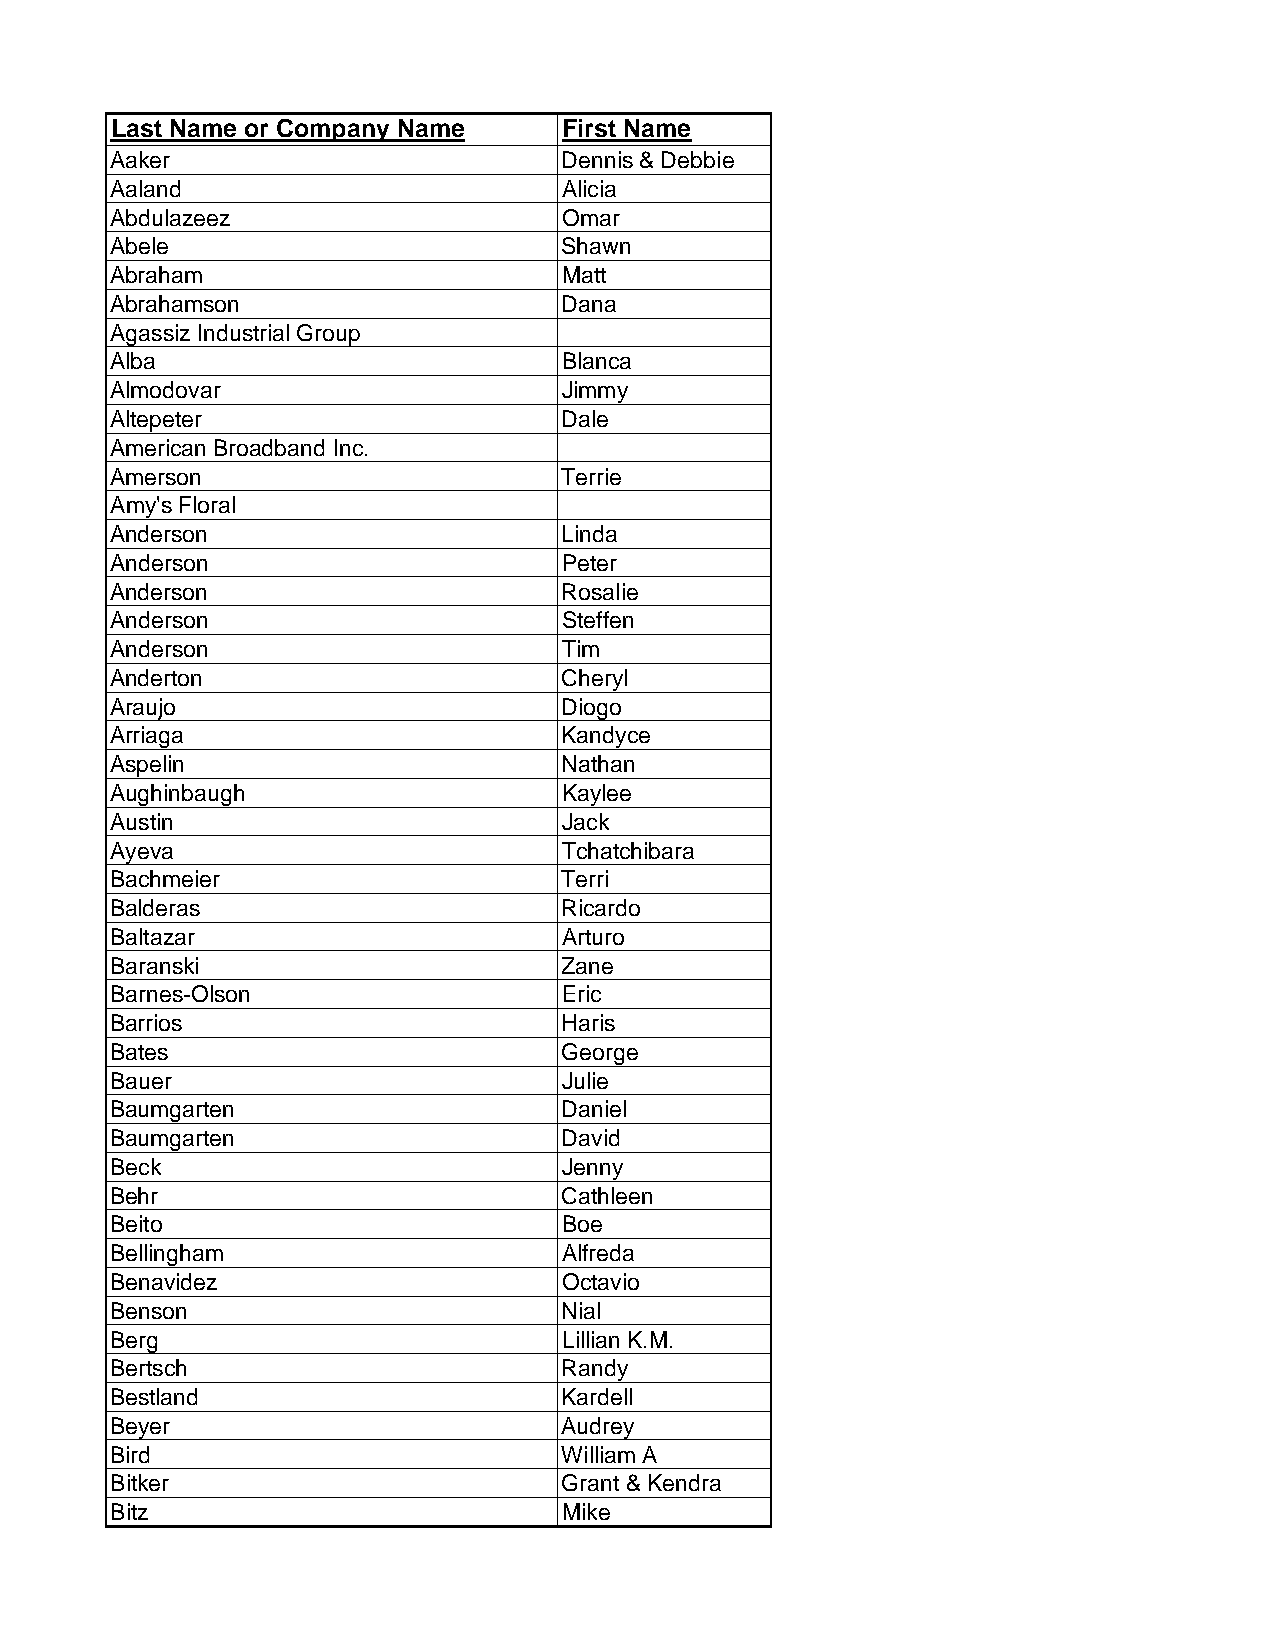
Last Name or Company Name     First Name
 Aaker                         Dennis & Debbie
 Aaland                        Alicia
 Abdulazeez                    Omar
 Abele                         Shawn
 Abraham                       Matt
 Abrahamson                    Dana
 Agassiz Industrial Group
 Alba                          Blanca
 Almodovar                     Jimmy
 Altepeter                     Dale
 American Broadband Inc.
 Amerson                       Terrie
 Amy's Floral
 Anderson                      Linda
 Anderson                      Peter
 Anderson                      Rosalie
 Anderson                      Steffen
 Anderson                      Tim
 Anderton                      Cheryl
 Araujo                        Diogo
 Arriaga                       Kandyce
 Aspelin                       Nathan
 Aughinbaugh                   Kaylee
 Austin                        Jack
 Ayeva                         Tchatchibara
 Bachmeier                     Terri
 Balderas                      Ricardo
 Baltazar                      Arturo
 Baranski                      Zane
 Barnes-Olson                  Eric
 Barrios                       Haris
 Bates                         George
 Bauer                         Julie
 Baumgarten                    Daniel
 Baumgarten                    David
 Beck                          Jenny
 Behr                          Cathleen
 Beito                         Boe
 Bellingham                    Alfreda
 Benavidez                     Octavio
 Benson                        Nial
 Berg                          Lillian K.M.
 Bertsch                       Randy
 Bestland                      Kardell
 Beyer                         Audrey
 Bird                          William A
 Bitker                        Grant & Kendra
 Bitz                          Mike